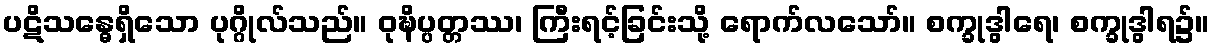
ပဋိသန္ဓေရှိသော ပုဂ္ဂိုလ်သည်။ ဝုဍ္ဎိပ္ပတ္တဿ၊ ကြီးရင့်ခြင်းသို့ ရောက်လသော်။ စက္ခုဒွါရေ၊ စက္ခုဒွါရ၌။